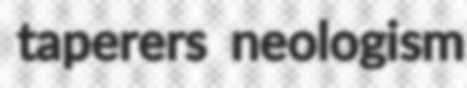
taperers neologism